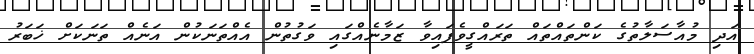
އަދި މުއާސަލާތުގެ ކަންތައްތައް ތަރައްގީވެފައިވާ ޒަމާނެއްގައި ވަގުތުން އެއްތަނަކުން އަނެއް ތަނަކަށް ޚަބަރު